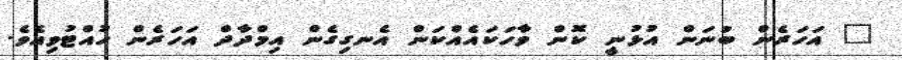
" އަހަރެން ބުނަން އުޅުނީ ކޮން ވާހަކައެއްކަން އެނގިގެން އިމްދާދް އަހަރެން ހުއްޓުވިއެވެ.